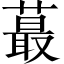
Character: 蕞